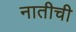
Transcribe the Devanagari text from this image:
नातीची